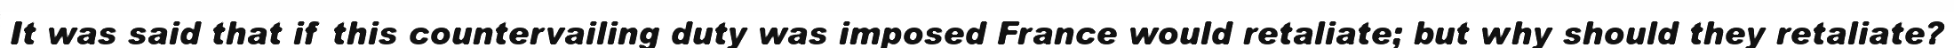
It was said that if this countervailing duty was imposed France would retaliate; but why should they retaliate?